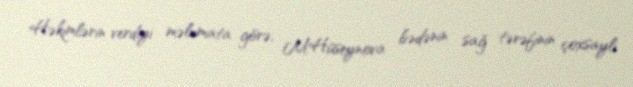
Həkimlərin verdiyi məlumata görə, M.Hüseynova bədənin sağ tərəfinin çoxsaylı